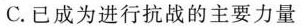
C.已成为进行抗战的主要力量